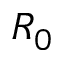
R _ { 0 }